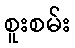
စူးစမ်း